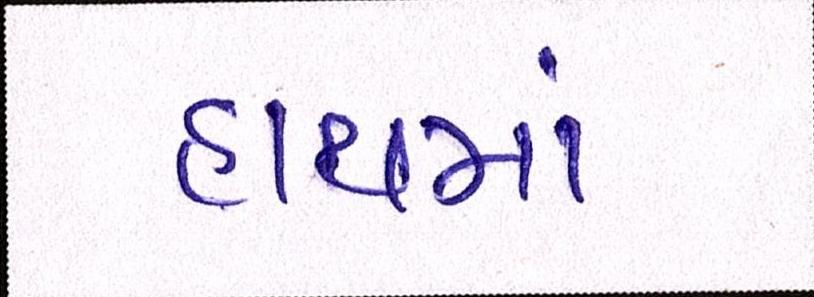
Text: હાથમાં